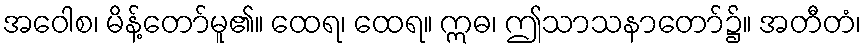
အဝေါစ၊ မိန့်တော်မူ၏။ ထေရ၊ ထေရ။ ဣဓ၊ ဤသာသနာတော်၌။ အတီတံ၊